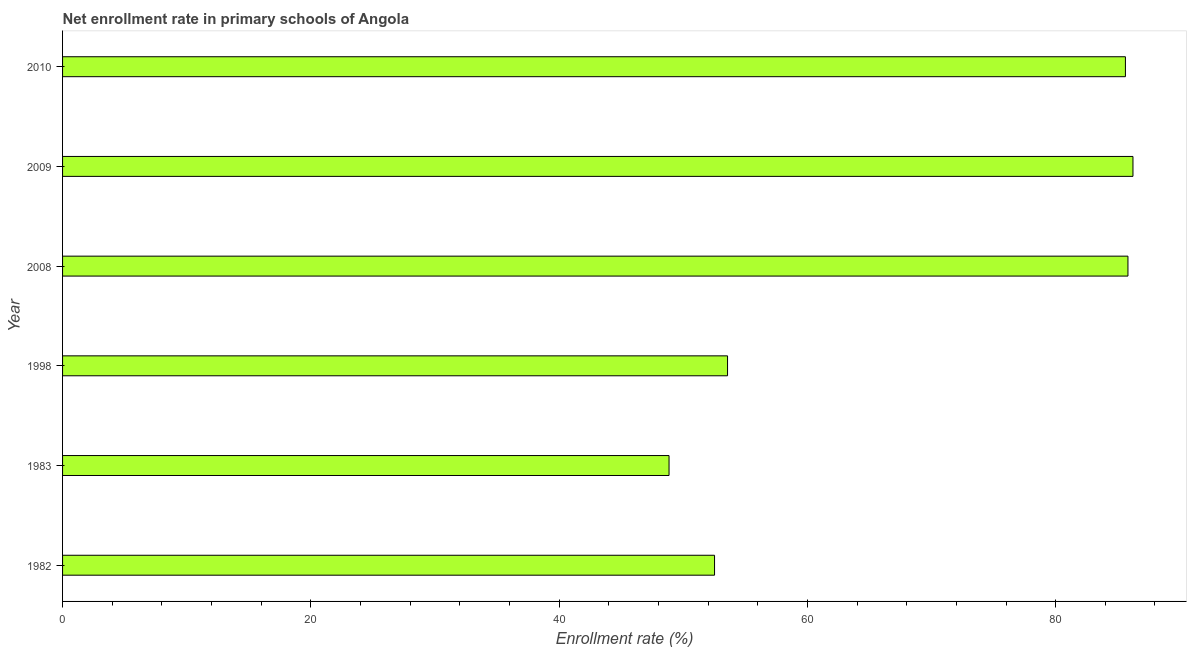
| Year | Adjusted net enrolment rate |
 | --- | --- |
 | 1982 | 52.5 |
 | 1983 | 48.9 |
 | 1998 | 53.6 |
 | 2008 | 85.8 |
 | 2009 | 86.2 |
 | 2010 | 85.6 |